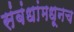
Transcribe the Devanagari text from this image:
संबंधांमधूनच